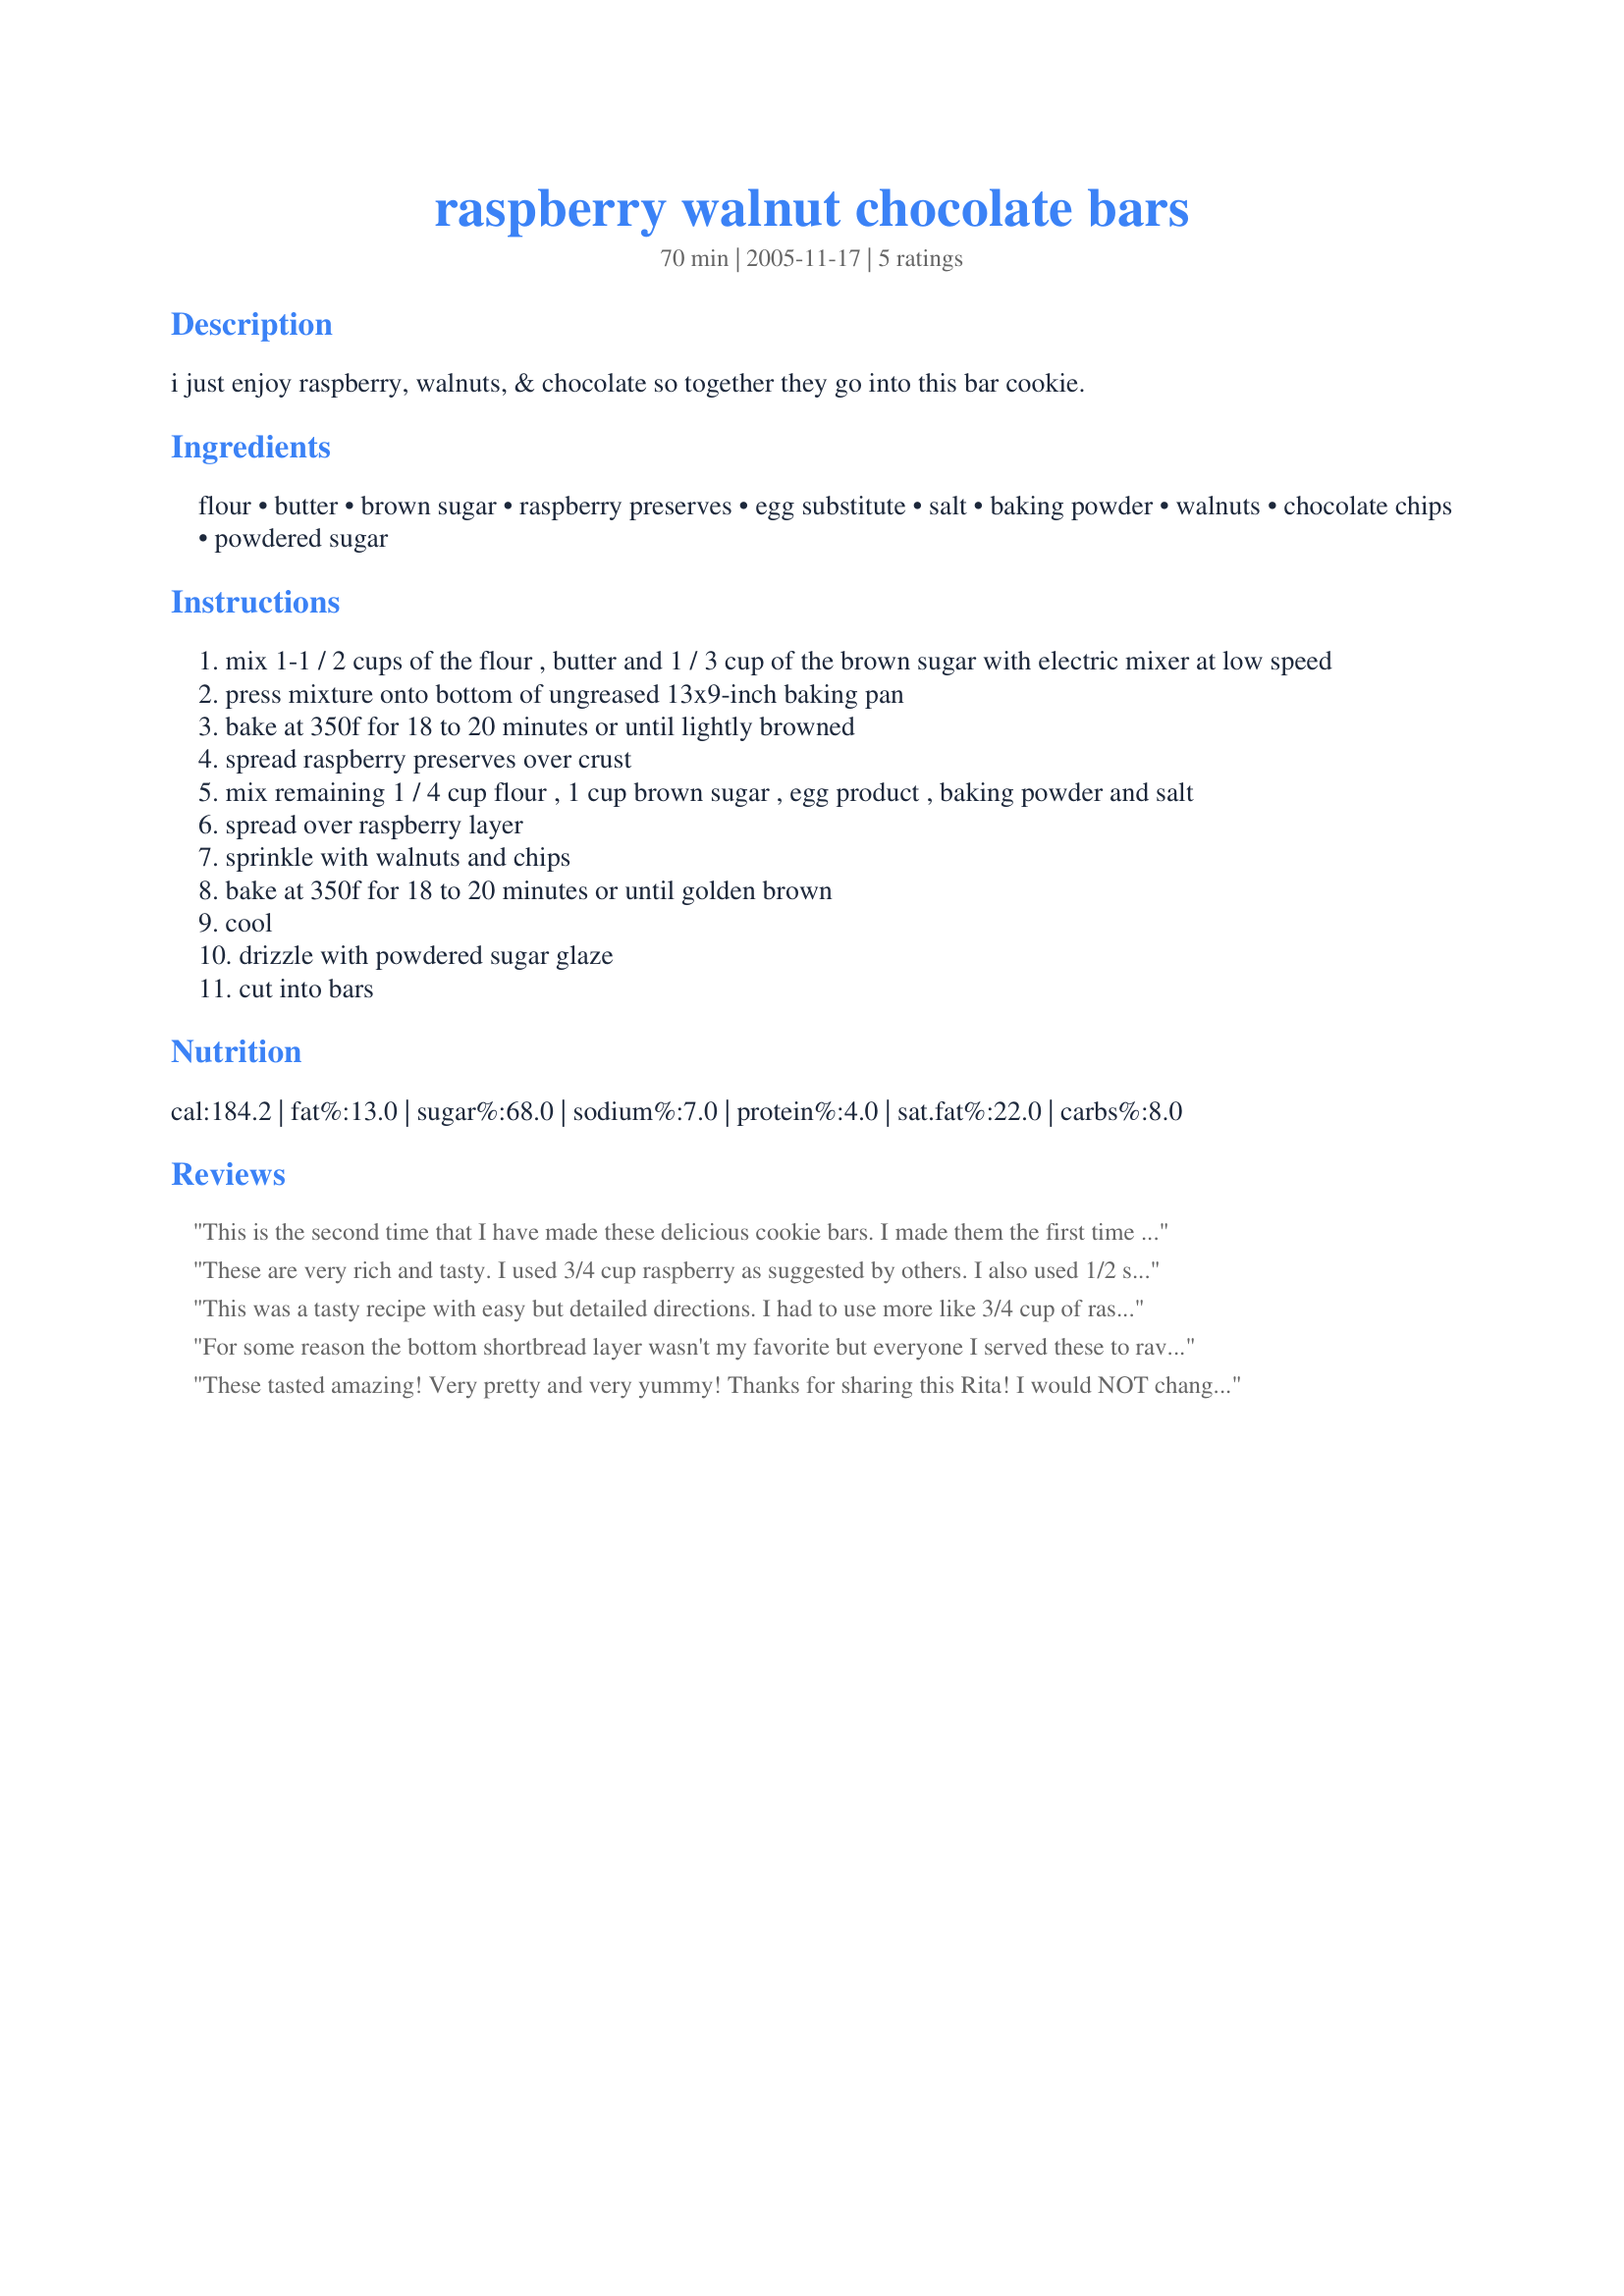
raspberry walnut chocolate bars
Preparation time: 70 minutes

i just enjoy raspberry, walnuts, & chocolate so together they go into this bar cookie.

Ingredients:
flour, butter, brown sugar, raspberry preserves, egg substitute, salt, baking powder, walnuts, chocolate chips, powdered sugar

Steps:
mix 1-1 / 2 cups of the flour , butter and 1 / 3 cup of the brown sugar with electric mixer at low speed
press mixture onto bottom of ungreased 13x9-inch baking pan
bake at 350f for 18 to 20 minutes or until lightly browned
spread raspberry preserves over crust
mix remaining 1 / 4 cup flour , 1 cup brown sugar , egg product , baking powder and salt
spread over raspberry layer
sprinkle with walnuts and chips
bake at 350f for 18 to 20 minutes or until golden brown
cool
drizzle with powdered sugar glaze
cut into bars

Reviews:
This is the second time that I have made these delicious cookie bars. I made them the first time for Christmas and forgot to review them. I made them again for our Rose Society meeting. They got RAVE REVIEWS, everyone loved them. I passed your the recipe on to others. The first time I made them as the recipe stated, BUT, this time I used almost a cup of Raspberry preserves, a cup of walnuts and chocolate chips, YUMMY :)
Rita, thanks for sharing your recipe.
These are very rich and tasty. I used 3/4 cup raspberry as suggested by others. I also used 1/2 semi-sweet and 1/2 white chocolate chips. I put some more on the top afterward for decoration. They needed to cook a little bit longer than suggested, but turned out nice and got great reviews. Thanks!
This was a tasty recipe with easy but detailed directions. I had to use more like 3/4 cup of raspberry preserves, because 1/2 cup did not spread far enough. Even though I used more preserves, I still felt the other flavors dominated and I would love to taste more raspberry. Thanks for sharing...I will try again with even more raspberry preserves. ;)
For some reason the bottom shortbread layer wasn't my favorite but everyone I served these to raved about them and asked for the recipe - so clearly a matter of personal taste. I left the nuts out but the chocolate and raspberry combo was great!
These tasted amazing! Very pretty and very yummy! Thanks for sharing this Rita! I would NOT change a thing!
